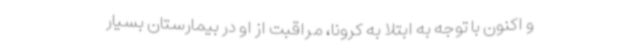
و اکنون با توجه به ابتلا به کرونا، مراقبت از او در بیمارستان بسیار